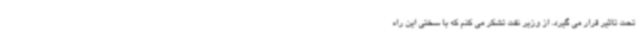
تحت تاثیر قرار می ‌گیرد. از وزیر نفت تشکر می ‌کنم که با سختی این راه